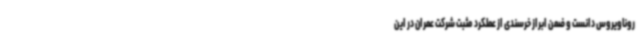
روناویروس دانست و ضمن ابراز خرسندی از عملکرد مثبت شرکت عمران در این